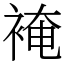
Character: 裺